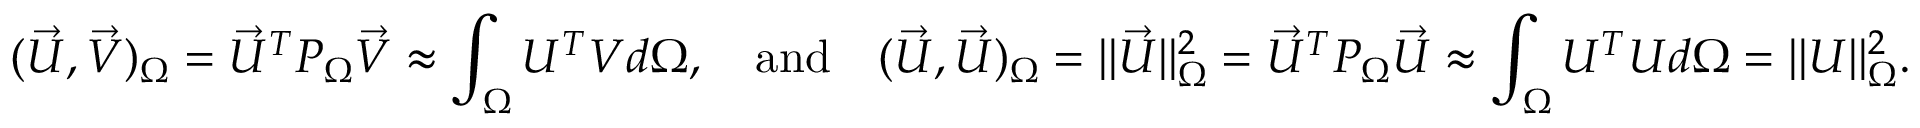
( \vec { U } , \vec { V } ) _ { \Omega } = \vec { U } ^ { T } P _ { \Omega } \vec { V } \approx \int _ { \Omega } U ^ { T } V d \Omega , \quad \mathrm { a n d } \quad ( \vec { U } , \vec { U } ) _ { \Omega } = \| \vec { U } \| _ { \Omega } ^ { 2 } = \vec { U } ^ { T } P _ { \Omega } \vec { U } \approx \int _ { \Omega } U ^ { T } U d \Omega = \| U \| _ { \Omega } ^ { 2 } .